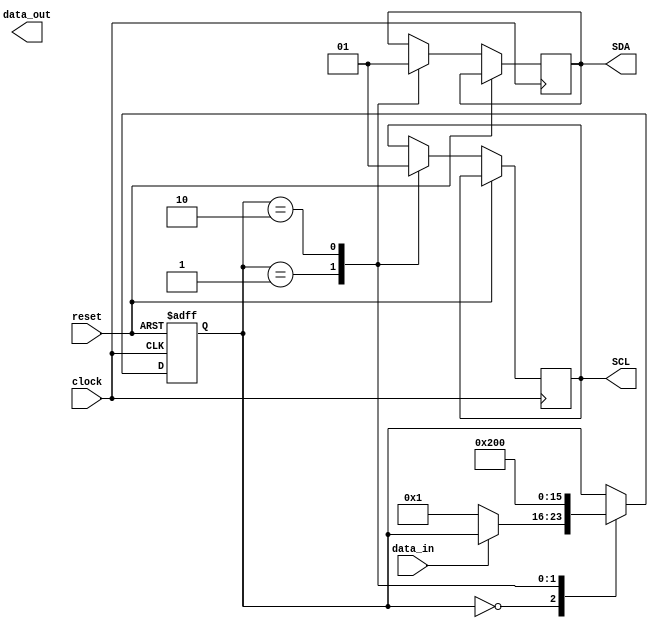
module I2C_controller(
  input wire clock,
  input wire reset,
  input wire data_in,
  output wire data_out,
  output wire SCL,
  output wire SDA
);

  // Timing control and synchronization blocks
  reg [7:0] state;
  
  // Defining state codes
  parameter IDLE = 8'd0;
  parameter START = 8'd1;
  parameter STOP = 8'd2;
  
  // Synchronous state machine to control bus timing
  always @(posedge clock or posedge reset) begin
    if (reset) begin
      state <= IDLE;
    end else begin
      case (state)
        IDLE: begin
          if (data_in == 1'b0) begin
            state <= START;
          end
        end
        START: begin
          SDA <= 1'b0;
          SCL <= 1'b0;
          state <= STOP;
        end
        STOP: begin
          SDA <= 1'b1;
          SCL <= 1'b1;
          state <= IDLE;
        end
      endcase
    end
  end

endmodule